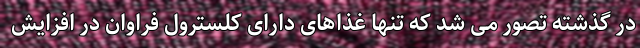
در گذشته تصور می شد که تنها غذاهای دارای کلسترول فراوان در افزایش